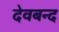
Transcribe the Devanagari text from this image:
देवबन्‍द